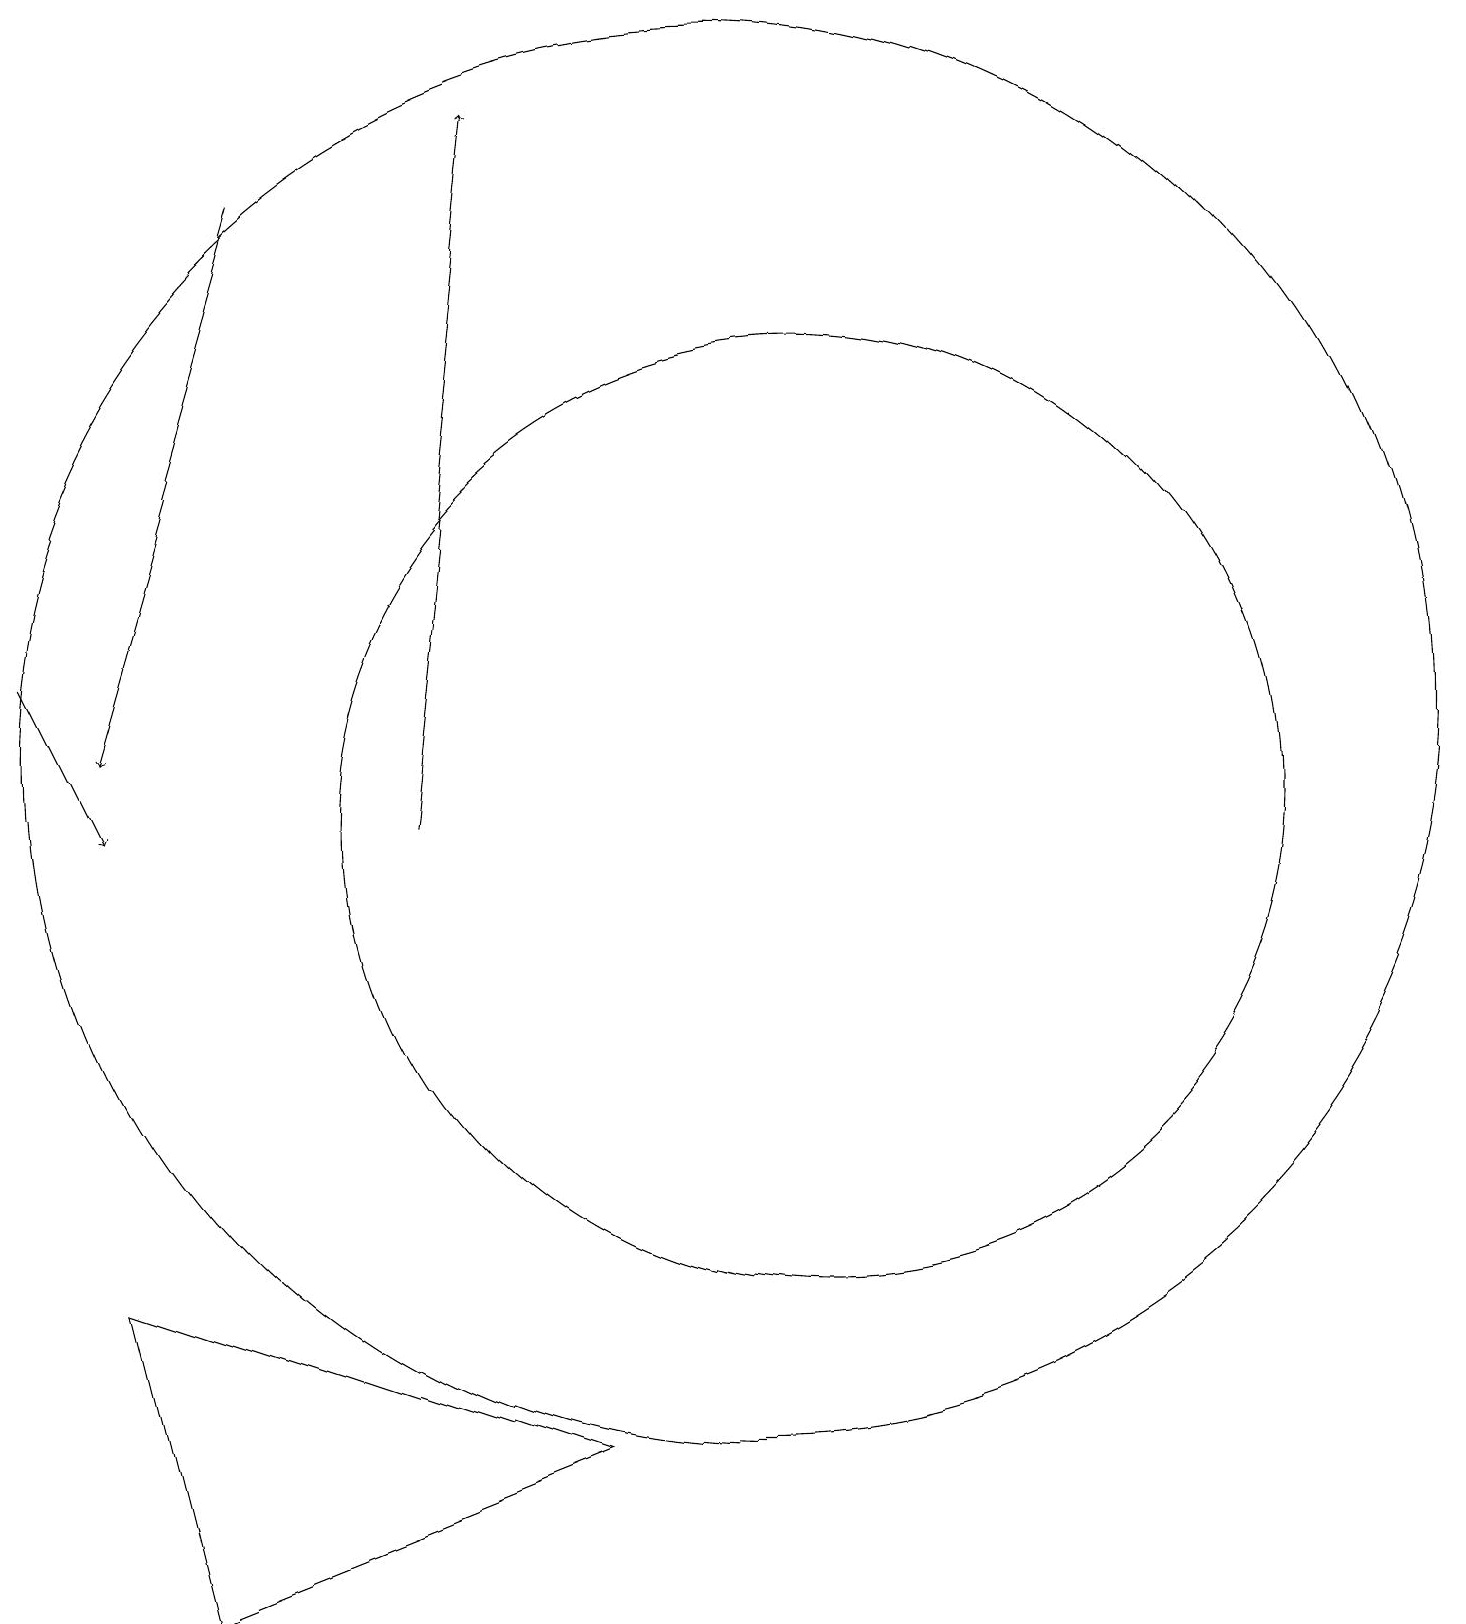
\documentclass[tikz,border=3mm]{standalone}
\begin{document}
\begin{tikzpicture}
\draw[->] (4,18) -- (2,11);
\draw (11,10) circle (6);
\draw[->] (1,12) -- (2,10);
\draw[->] (6,10) -- (7,19);
\draw (10,11) circle (9);
\draw (8,2) -- (2,4) -- (3,0) -- cycle;
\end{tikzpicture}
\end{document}